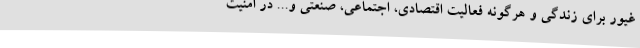
غیور برای زندگی و هرگونه فعالیت اقتصادی، اجتماعی، صنعتی و... در امنیت